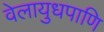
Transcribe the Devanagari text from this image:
वेलायुधपाणि